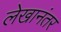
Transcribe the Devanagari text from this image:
लेखानंतर